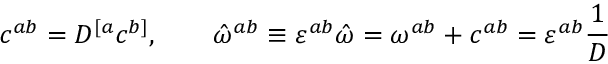
c ^ { a b } = { \cal D } ^ { [ a } c ^ { b ] } , \quad \quad \hat { \omega } ^ { a b } \equiv \varepsilon ^ { a b } \hat { \omega } = \omega ^ { a b } + c ^ { a b } = \varepsilon ^ { a b } { \frac { 1 } { D } }